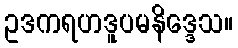
ဥဒကရဟဒူပမနိဒ္ဒေသ။